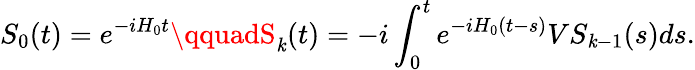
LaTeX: S_{0}(t)=e^{-iH_{0}t}\qquadS_{\mathit{k}}(t)=-i\int_{0}^{t}e^{-iH_{0}(t-s)}VS_{\mathit{k}-1}(s)ds.